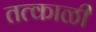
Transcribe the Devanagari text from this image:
तत्काळी